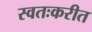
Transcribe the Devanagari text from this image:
स्वतःकरीत